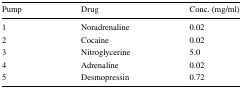
<table><thead><tr><td><b>Pump</b></td><td><b>Drug</b></td><td><b>Conc. (mg/ml)</b></td></tr></thead><tbody><tr><td>1</td><td>Noradrenaline</td><td>0.02</td></tr><tr><td>2</td><td>Cocaine</td><td>0.02</td></tr><tr><td>3</td><td>Nitroglycerine</td><td>5.0</td></tr><tr><td>4</td><td>Adrenaline</td><td>0.02</td></tr><tr><td>5</td><td>Desmopressin</td><td>0.72</td></tr></tbody></table>